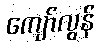
ကျော်လွန်